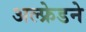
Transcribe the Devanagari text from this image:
अल्फ्रेडने